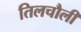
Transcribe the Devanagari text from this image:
तिलचौली